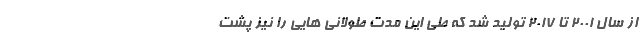
از سال 2001 تا 2017 تولید شد که طی این مدت طولانی هایی را نیز پشت